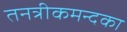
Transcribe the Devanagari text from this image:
तनत्रीकमन्दका